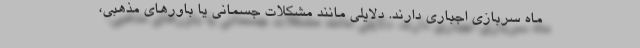
ماه سربازی اجباری دارند. دلایلی مانند مشکلات جسمانی یا باورهای مذهبی،